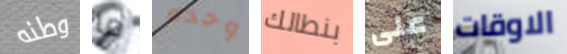
وطنه ما وحده بنطالك على الاوقات